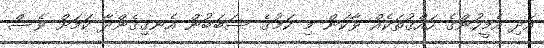
އަދި އެމީހުންގެ ހައްގުތަކެއް ވާކަން މި ކަމުގެ ސަބަބުން އެނގިގެންދާ ކަމަށް ވެސް